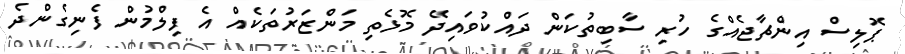
ޕޮލިސް އިންޗާޖެއްގެ ހުރި ސާބިތުކަން ދައްކުވައިދޭ މޮޅެތި މަންޒަރުތަކެއް އެ ފިލްމުން ފެނިގެންދެ